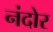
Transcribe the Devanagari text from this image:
नंदोर